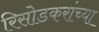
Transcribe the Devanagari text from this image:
रिसोडकरांच्या